Leaving Certificate Examination, 1913
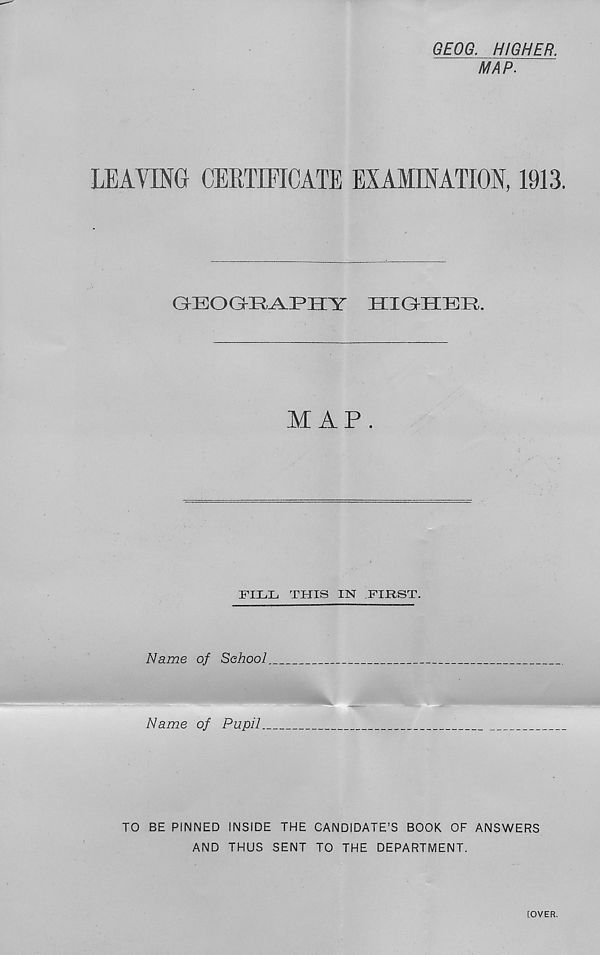
GEOG. HIGHER.
MAP.
LEAVING CERTIFICATE EXAMINATION, 1913.
GrEOG^R^JPHY
HIGHER.
MAP.
FILL TFIIS IN FIRST.
Name of School
Name of Pupil.
TO BE PINNED INSIDE THE CANDIDATE’S BOOK OF ANSWERS
AND THUS SENT TO THE DEPARTMENT.
[OVER.